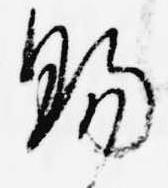
賜